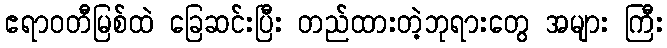
ဧရာဝတီမြစ်ထဲ ခြေဆင်းပြီး တည်ထားတဲ့ဘုရားတွေ အများ ကြီး